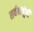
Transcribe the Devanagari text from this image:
सर्वबाजूंनी